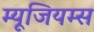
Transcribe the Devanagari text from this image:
म्यूजियम्स